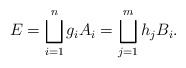
\begin{align*} E =\bigsqcup_{i=1}^ng_iA_i=\bigsqcup_{j=1}^mh_jB_i.\end{align*}